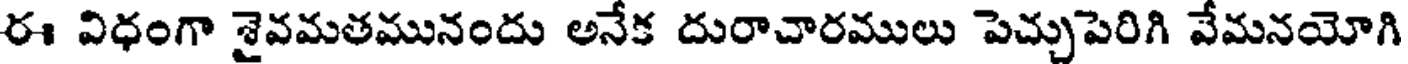
ఈ విధంగా శైవమతమునందు అనేక దురాచారములు పెచ్చుపెరిగి వేమనయోగి